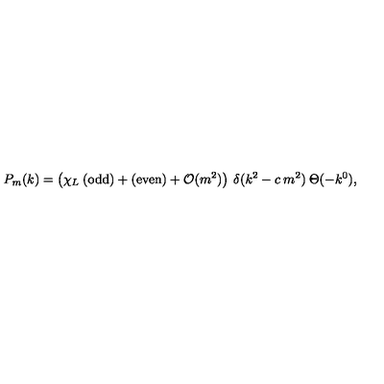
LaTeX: P _ { m } ( k ) = \left( \chi _ { L } \: { \mathrm { ( o d d ) } } + { \mathrm { ( e v e n ) } } + { \cal { O } } ( m ^ { 2 } ) \right) \: \delta ( k ^ { 2 } - c \: m ^ { 2 } ) \: \Theta ( - k ^ { 0 } ) ,